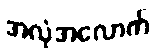
အလုံအလောက်